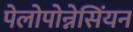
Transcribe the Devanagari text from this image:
पेलोपोन्नेसिंयन